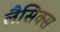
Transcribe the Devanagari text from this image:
लैसिक्स